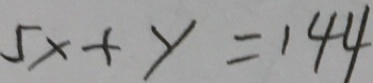
5 x + y = 1 4 4